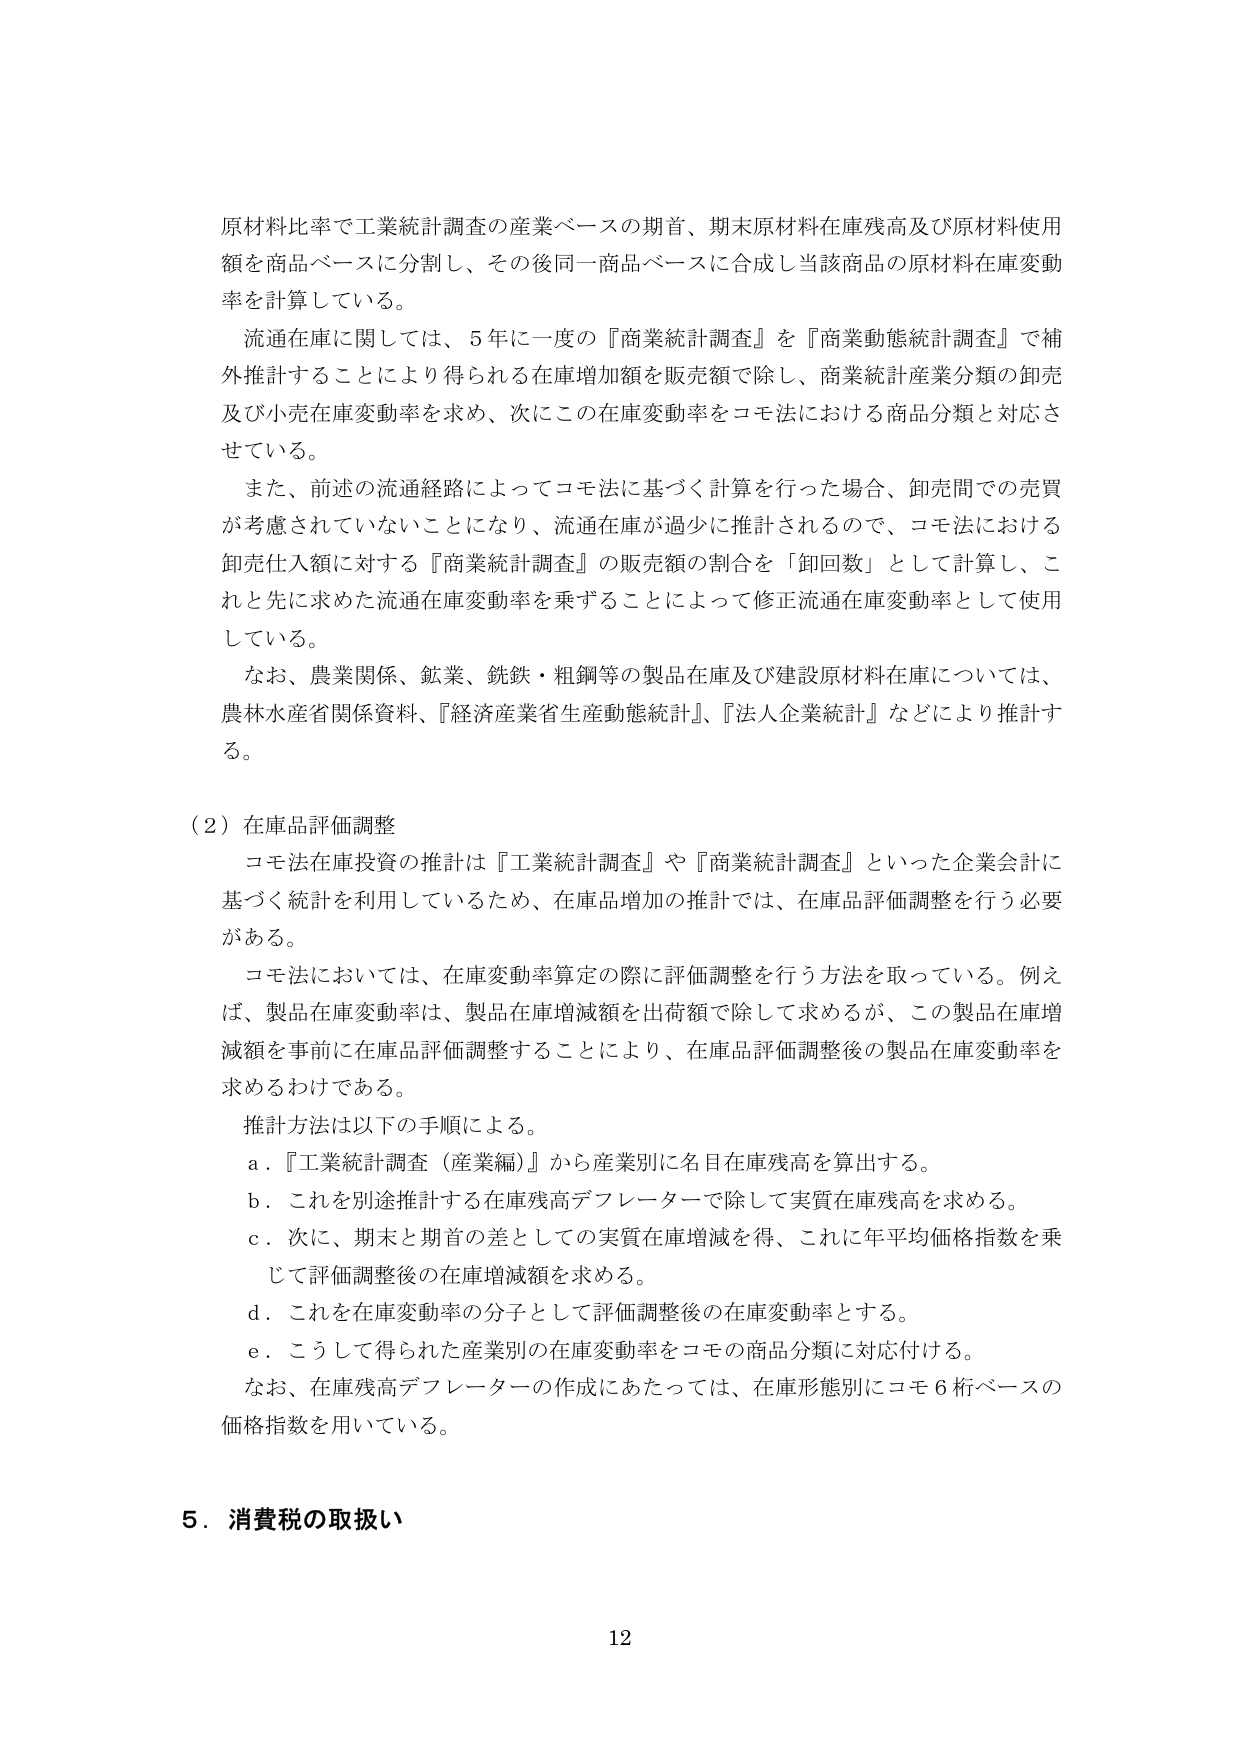
原材料比率で工業統計調査の産業ベースの期首、期末原材料在庫残高及び原材料使用額を商品ベースに分割し、その後同一商品ベースに合成し当該商品の原材料在庫変動率を計算している。

流通在庫に関しては、5年に一度の『商業統計調査』を『商業動態統計調査』で補外推計することにより得られる在庫増加額を販売額で除し、商業統計産業分類の卸売及び小売在庫変動率を求め、次にこの在庫変動率をコモ法における商品分類と対応させている。

また、前述の流通経路によってコモ法に基づく計算を行った場合、卸売間での売買が考慮されていないことになり、流通在庫が過少に推計されるので、コモ法における卸売仕入額に対する『商業統計調査』の販売額の割合を「卸回数」として計算し、これと先に求めた流通在庫変動率を乗ずることによって修正流通在庫変動率として使用している。

なお、農業関係、鉱業、鉄鉄・粗鋼等の製品在庫及び建設原材料在庫については、農林水産省関係資料、『経済産業省生産動態統計』、『法人企業統計』などにより推計する。

（2）在庫品評価調整

コモ法在庫投資の推計は『工業統計調査』や『商業統計調査』といった企業会計に基づく統計を利用しているため、在庫品増加の推計では、在庫品評価調整を行う必要がある。

コモ法においては、在庫変動率算定の際に評価調整を行う方法を取っている。例えば、製品在庫変動率は、製品在庫増減額を出荷額で除して求めるが、この製品在庫増減額を事前に在庫品評価調整することにより、在庫品評価調整後の製品在庫変動率を求めるわけである。

推計方法は以下の手順による。

a．『工業統計調査（産業編）』から産業別に名目在庫残高を算出する。

b．これを別途推計する在庫残高デフレーターで除して実質在庫残高を求める。

c．次に、期末と期首の差としての実質在庫増減を得、これに年平均価格指数を乗じて評価調整後の在庫増減額を求める。

d．これを在庫変動率の分子として評価調整後の在庫変動率とする。

e．こうして得られた産業別の在庫変動率をコモの商品分類に対応付ける。

なお、在庫残高デフレーターの作成にあたっては、在庫形態別にコモ6桁ベースの価格指数を用いている。

5．消費税の取扱い

12